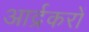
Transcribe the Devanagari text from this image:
आर्द्रकरों